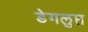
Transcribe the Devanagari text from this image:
डेगलुप्त